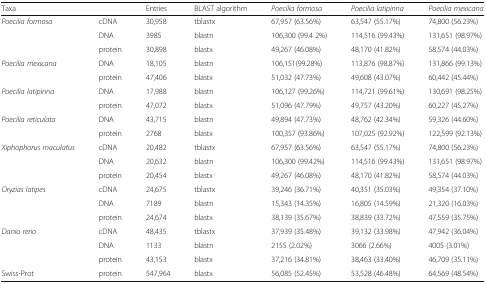
<table><thead><tr><td><b>Taxa</b></td><td></td><td><b>Entries</b></td><td><b>BLAST algorithm</b></td><td><b><i>Poecilia formosa</i></b></td><td><b><i>Poecilia latipinna</i></b></td><td><b><i>Poecilia mexicana</i></b></td></tr></thead><tbody><tr><td rowspan="3"><i>Poecilia formosa</i></td><td>cDNA</td><td>30,958</td><td>tblastx</td><td>67,957 (63.56%)</td><td>63,547 (55.17%)</td><td>74,800 (56.23%)</td></tr><tr><td>DNA</td><td>3985</td><td>blastn</td><td>106,300 (99.4 2%)</td><td>114,516 (99.43%)</td><td>131,651 (98.97%)</td></tr><tr><td>protein</td><td>30,898</td><td>blastx</td><td>49,267 (46.08%)</td><td>48,170 (41.82%)</td><td>58,574 (44.03%)</td></tr><tr><td rowspan="2"><i>Poecilia mexicana</i></td><td>DNA</td><td>18,105</td><td>blastn</td><td>106,151(99.28%)</td><td>113,876 (98.87%)</td><td>131,866 (99.13%)</td></tr><tr><td>protein</td><td>47,406</td><td>blastx</td><td>51,032 (47.73%)</td><td>49,608 (43.07%)</td><td>60,442 (45.44%)</td></tr><tr><td rowspan="2"><i>Poecilia latipinna</i></td><td>DNA</td><td>17,988</td><td>blastn</td><td>106,127 (99.26%)</td><td>114,721 (99.61%)</td><td>130,691 (98.25%)</td></tr><tr><td>protein</td><td>47,072</td><td>blastx</td><td>51,096 (47.79%)</td><td>49,757 (43.20%)</td><td>60,227 (45.27%)</td></tr><tr><td rowspan="2"><i>Poecilia reticulata</i></td><td>DNA</td><td>43,715</td><td>blastn</td><td>49,894 (47.73%)</td><td>48,762 (42.34%)</td><td>59,326 (44.60%)</td></tr><tr><td>protein</td><td>2768</td><td>blastx</td><td>100,357 (93.86%)</td><td>107,025 (92.92%)</td><td>122,599 (92.13%)</td></tr><tr><td rowspan="3"><i>Xiphophorus maculatus</i></td><td>cDNA</td><td>20,482</td><td>tblastx</td><td>67,957 (63.56%)</td><td>63,547 (55.17%)</td><td>74,800 (56.23%)</td></tr><tr><td>DNA</td><td>20,632</td><td>blastn</td><td>106,300 (99.42%)</td><td>114,516 (99.43%)</td><td>131,651 (98.97%)</td></tr><tr><td>protein</td><td>20,454</td><td>blastx</td><td>49,267 (46.08%)</td><td>48,170 (41.82%)</td><td>58,574 (44.03%)</td></tr><tr><td rowspan="3"><i>Oryzias latipes</i></td><td>cDNA</td><td>24,675</td><td>tblastx</td><td>39,246 (36.71%)</td><td>40,351 (35.03%)</td><td>49,354 (37.10%)</td></tr><tr><td>DNA</td><td>7189</td><td>blastn</td><td>15,343 (14.35%)</td><td>16,805 (14.59%)</td><td>21,320 (16.03%)</td></tr><tr><td>protein</td><td>24,674</td><td>blastx</td><td>38,139 (35.67%)</td><td>38,839 (33.72%)</td><td>47,559 (35.75%)</td></tr><tr><td rowspan="3"><i>Danio rerio</i></td><td>cDNA</td><td>48,435</td><td>tblastx</td><td>37,939 (35.48%)</td><td>39,132 (33.98%)</td><td>47,942 (36.04%)</td></tr><tr><td>DNA</td><td>1133</td><td>blastn</td><td>2155 (2.02%)</td><td>3066 (2.66%)</td><td>4005 (3.01%)</td></tr><tr><td>protein</td><td>43,153</td><td>blastx</td><td>37,216 (34.81%)</td><td>38,463 (33.40%)</td><td>46,709 (35.11%)</td></tr><tr><td>Swiss-Prot</td><td>protein</td><td>547,964</td><td>blastx</td><td>56,085 (52.45%)</td><td>53,528 (46.48%)</td><td>64,569 (48.54%)</td></tr></tbody></table>